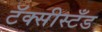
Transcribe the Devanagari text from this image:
टॅक्सीस्टँड